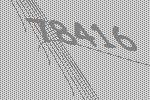
78416